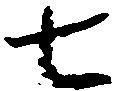
七